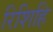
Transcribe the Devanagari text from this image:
रिशिहि